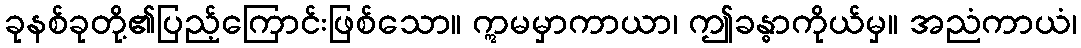
ခုနစ်ခုတို့၏ပြည့်ကြောင်းဖြစ်သော။ ဣမမှာကာယာ၊ ဤခန္ဓာကိုယ်မှ။ အညံကာယံ၊